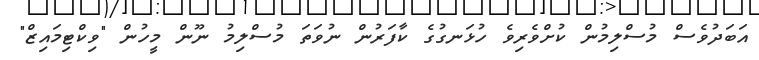
އަބަދުވެސް މުސްލިމުން ކުށްވެރިވެ ހުޅަނގުގެ ކާފަރުން ނުވަތަ މުސްލިމު ނޫން މީހުން "ވިކްޓިމައިޒް"